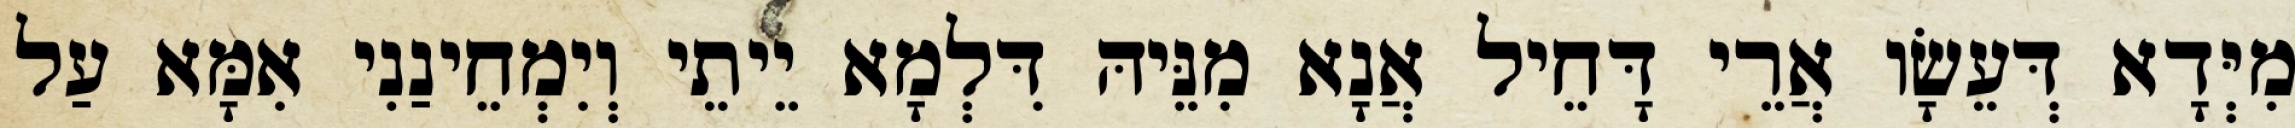
מִיְּדָא דְּעֵשָׂו אֲרֵי דָּחֵיל אֲנָא מִנֵּיהּ דִּלְמָא יֵיתֵי וְיִמְחֵינַנִי אִמָּא עַל